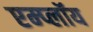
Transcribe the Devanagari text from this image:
एम्प्लॉय